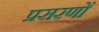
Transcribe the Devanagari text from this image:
प्रसरणों